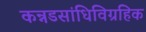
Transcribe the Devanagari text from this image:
कन्नडसांधिविग्रहिक